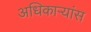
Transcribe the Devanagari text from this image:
अधिकाऱ्यांस